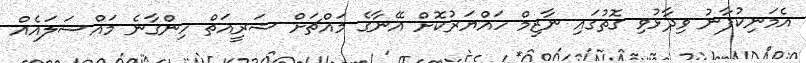
އެމަނިކުފާނު ވިދާޅުވި ގޮތުގައި ނާޒިމް ހައްޔަރުކޮށް އޭނާގެ މައްޗަށް ޝަރީއަތް ހިންގާނެ މައްސަލައެއް